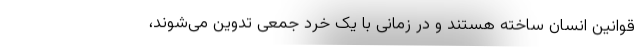
قوانین انسان ساخته هستند و در زمانی با یک خرد جمعی تدوین می‌‌شوند،